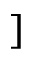
]